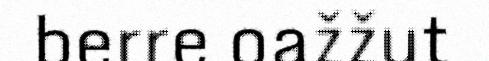
berre oažžut